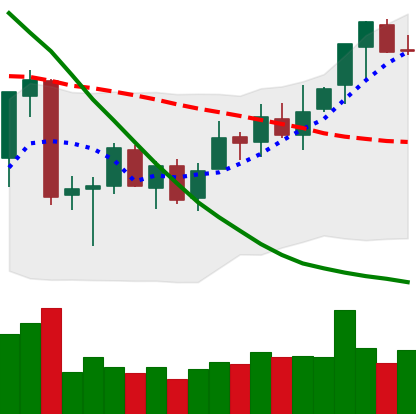
Ticker: ETC-USD
Chart end date: 2018-07-09
Forward return: -10.18%
Label: down_7plus